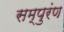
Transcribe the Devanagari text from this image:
सम्पुरंण